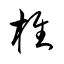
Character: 椎